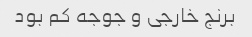
برنج خارجی و جوجه کم بود